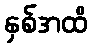
နှစ်အထိ